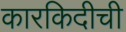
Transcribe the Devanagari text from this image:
कारकिदीची